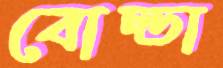
বোল্ডা